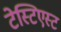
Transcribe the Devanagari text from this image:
टेस्टिएस्ट